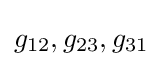
g_{12},g_{23},g_{31}